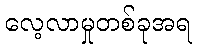
လေ့လာမှုတစ်ခုအရ